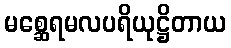
မစ္ဆေရမလပရိယုဋ္ဌိတာယ